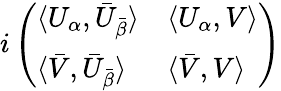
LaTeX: i\left(\begin{array}{ll}{{\langle U_{\alpha},\bar{U}_{\bar{\beta}}\rangle}}&{{\langle U_{\alpha},V\rangle}}\\ {{\langle\bar{V},\bar{U}_{\bar{\beta}}\rangle}}&{{\langle\bar{V},V\rangle}}\end{array}\right)